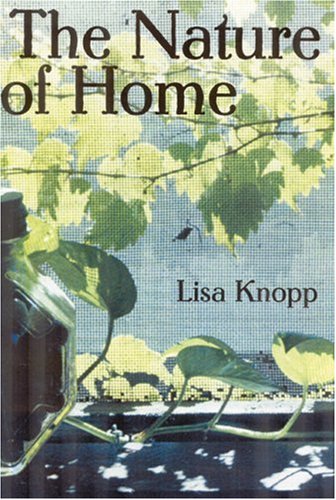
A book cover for The Nature of Home: A Lexicon of Essays; Lisa Knopp; Travel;